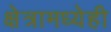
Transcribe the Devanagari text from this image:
क्षेत्रामध्येही